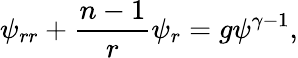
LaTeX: \psi_{rr}+{\frac{n-1}{r}}\psi_{r}=g\psi^{\gamma-1},